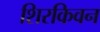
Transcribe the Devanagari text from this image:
शिरकिवन